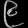
Digit: ၉